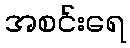
အစင်းရေ